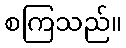
စကြသည်။